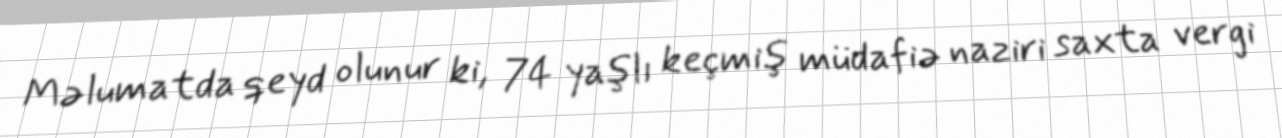
Məlumatda qeyd olunur ki, 74 yaşlı keçmiş müdafiə naziri saxta vergi